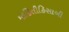
માહિતીહિસાબી